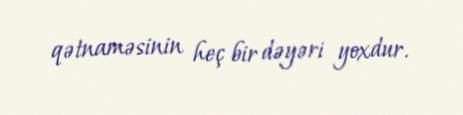
qətnaməsinin heç bir dəyəri yoxdur.